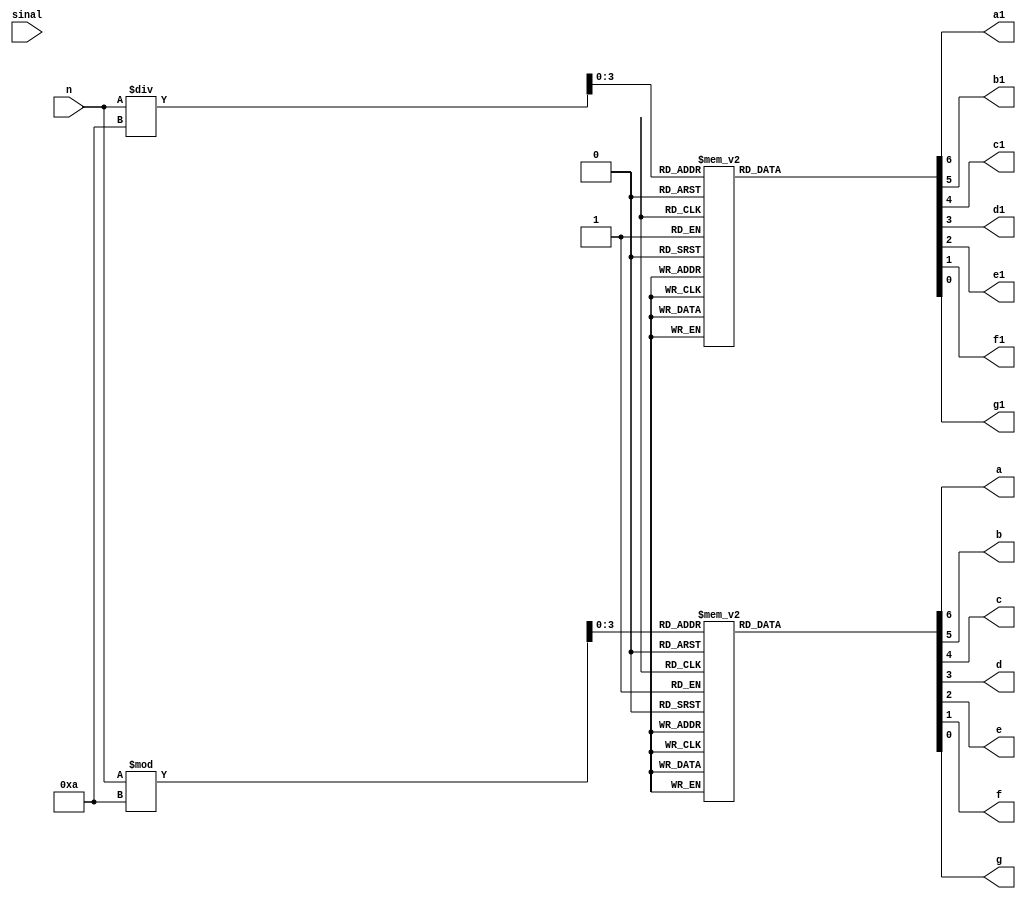
module bcdin(a,b,c,d,e,f,g,a1,b1,c1,d1,e1,f1,g1,n,sinal);
	output a,b,c,d,e,f,g;  //leds do display
	output a1,b1,c1,d1,e1,f1,g1; //leds do display
	input [7:0]n;
	reg [3:0]i; //unidade do numero
	reg [3:0]j; //dezena do numero
	reg[6:0] su;
	reg[6:0] sd;
	input sinal; //sinal do numero

	always 
		begin
		i <= n%10;
		j <= n/10;
	
		case(i)//unidade
				4'b0000: 
					su = 7'b0000001;
	            4'b0001: 
					su = 7'b1001111;
	            4'b0010: 
					su = 7'b0010010;
	            4'b0011: 
					su = 7'b0000110;
	            4'b0100: 
					su = 7'b1001100;
	            4'b0101: 
					su = 7'b0100100;
	            4'b0110: 
					su = 7'b0100000;
	            4'b0111: 
					su = 7'b0001111;
	            4'b1000: 
					su = 7'b0000000;
	            4'b1001: 
					su = 7'b0000100;
				default:
					su = 7'b0000001;
        endcase
        
        case(j)//dezena
	        	4'b0000: 
	        		sd = 7'b0000001;
		        4'b0001: 
		        	sd = 7'b1001111;
		        4'b0010: 
		        	sd = 7'b0010010;
		        4'b0011: 
		        	sd = 7'b0000110;
		        4'b0100: 
		        	sd = 7'b1001100;
		        4'b0101: 
		        	sd = 7'b0100100;
		       4'b0110: 
		        	sd = 7'b0100000;
		        4'b0111: 
		        	sd = 7'b0001111;
		        4'b1000: 
		        	sd = 7'b0000000;
		       4'b1001: 
		        	sd = 7'b0000100;
		        default:
					sd = 7'b0000001;

		endcase
	end

	assign {a, b, c, d, e, f, g} = su;
	assign {a1, b1, c1, d1, e1, f1, g1} = sd;

endmodule